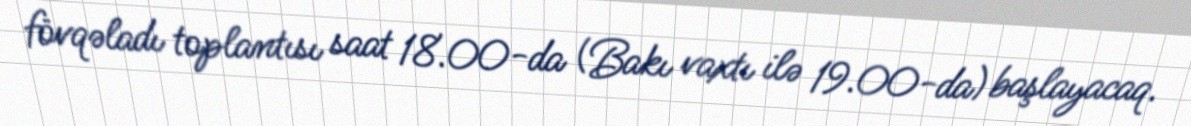
fövqəladı toplantısı saat 18.00-da (Bakı vaxtı ilə 19.00-da) başlayacaq.